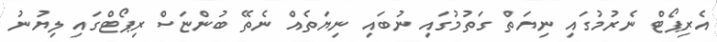
އެރިޕޯޓް ނެރުމުގައި ނިޔަތް ގަތުމުގައި ނުބައި ނިޔަތެއް ނެތޭ ބުންޏަސް ރިޕޯޓްގައި ލިޔުނު